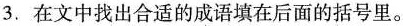
3.在文中找出合适的成语填在后面的括号里。